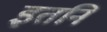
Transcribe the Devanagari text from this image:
इतनि